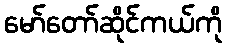
မော်တော်ဆိုင်ကယ်ကို